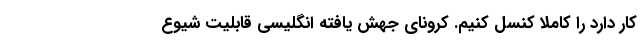
کار دارد را کاملا کنسل کنیم. کرونای جهش یافته انگلیسی قابلیت شیوع